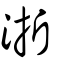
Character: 浙